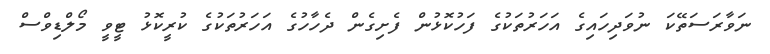
ނަވާރަސަތޭކަ ނުވަދިހައިގެ އަހަރުތަކުގެ ފަހުކޮޅުން ފެށިގެން ދެހާހުގެ އަހަރުތަކުގެ ކުރީކޮޅު ޓީވީ މޯލްޑިވްސް